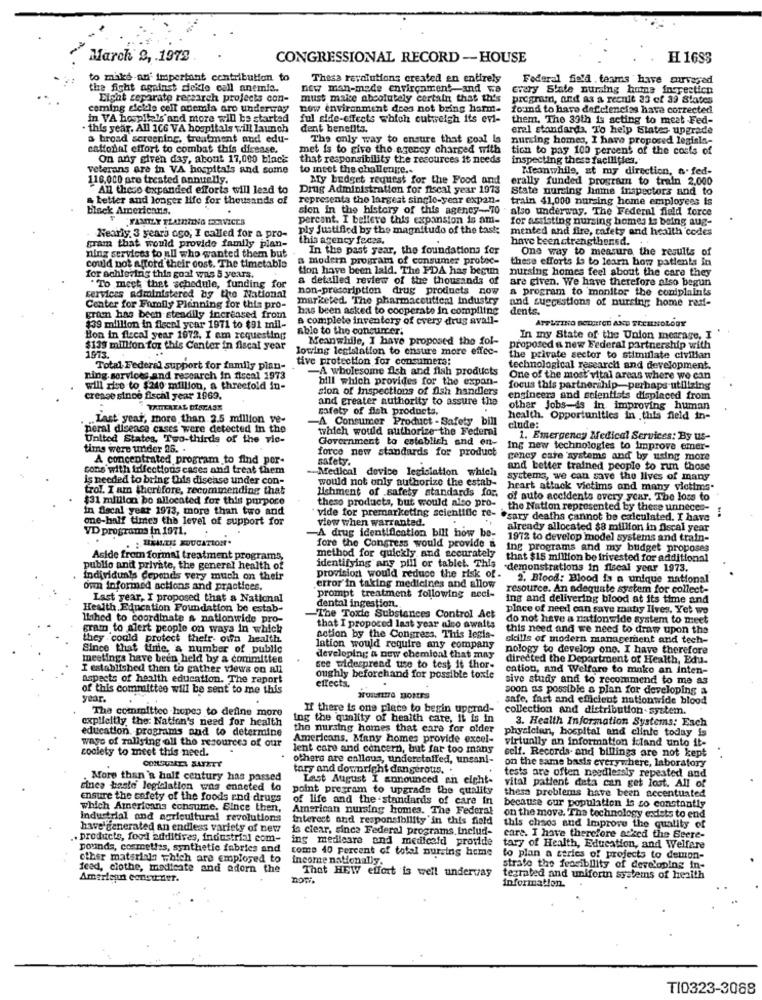
March &, . 1978
CONGRESSIONAL RECORD -- HOUSE
H 1683
to make-an' important contribution to
Thisa revolutions created an entirely Federal field teams have curvared
the fight against sickle call anemic.
new man-made environmentand ws every Slate nursing huine inspecticn
Eicht separate research projects con-
must make absolutely certain that this
program, and as a recuit 23 of 39 Skates
coming sickle ceit acemia aro underway
now environment does not bring harm-
found to have deficiencias have corrected
in VA hospitals and more will be started
ful side-effects which outweigh its evi-
them. The 39th is acting to meet Fed-
· this year. All 106 VA hospitals will launch
dent benefits.
eral standarda. To help States upgrade
a broad screening, treatment and edu-
The only way to ensure that goal is nursing homes, I have proposed legisla-
cattonal effort to combat this disease.
met is to give the agency charged with
tica to pay 100 percent of the costs of
On any given day, about 17,000 black
that responsibility the resources it needs
inspecting these facilities.
veterans are in VA hospitals and some
to meet the challenge ..
Meanwhile, at my direction, n.fed-
116.000 are treated annually.
My budget request for the Food and
erally funded prograun to train 2.000
All these expanded efforts will lead to
Drug Administration for fiscal year 1973
State nursing home inspectors and to
better and longer life for thousands of
represents the largest single-year expan-
train 41,000 nursing home employees is
black Americans.
sion in the history of this agency-TO
also underway. The Federal flald force
FAMILY PLANNING SERVICES
percont. I believe this expansion is am-
for assisting nursing homes is being aug-
ply justified by the magnitudo of the task:
mented and fire, safety and health codes
gram that would provide family plan-
Nearly 3 years ago; I called for a pro-
this agency fecea.
have been strengthened.
In the past year, the foundations fer
One way to measure the results of
ning services to all who wanted them but
a modern program of consumer protec-
these efforts is to learn how patients in
could not afford their cost. The timetable
tion have been lald. The FDA has begun
nursing homes feel about the care they
for achlering this goal was 5 years.
a detailed review of the thousands of
are given. We have therefore also begun
" To mech thet schedule, funding for
non-prescription drug products now
a program to monitor the complaints
services administered by the National
marketed. The pharmaceutical industry
and suggestions of nursing home red-
Center for Family Planning for this pro-
has been asked to cooperate in compiling
dents.
grom has been steadily increased from
a complete inventory of every drug avall-
$39 million in fiscal year 1971 to $91 mil-
able to the consumer.
Bon in fiscal year 1972. I am requesting
Meanwhile, I have proposed the fol-
In my State of the Union menrage, I
$139 million for this Center in fiscal year
loving legislation to ensure more effec-
proposed a new Federal partnership with
1973.
tive protection for consumers:
the private sector to stimulate civilian
Total Federal support for family plan-
-A wholesome fish and fish products
technological research and development.
ning services and research in fiscal 1973
bill which provides for the expan-
One of the most vital areas where we can
will rico to $240 million, a threefold in-
sion of inspections of fish handlers
focus this partnership-perhaps utilizing
cresce since fischl year 1969.
and creater authority to assure the
engineers and scientists displaced from
safety of fish products,
other Jobs-is in improving human
Last year, more than 2.5 million ve-
-A Consumer Product - Safety bill
health. Opportunities in this field in-
peral disease cases were detected in the
which would authorize the Federal
clude:
United States, Two-thirds of the vic-
Government to establish and en-
1. Emergency Medical Services: By us-
tims were under 25. .
force new standards for product
Ing new technologies to Improve emer-
A concentrated program to find por-
safety.
cency care systems and by using more
cons with infections cases and treat them
Medical device legislation which
and better trained people to run those
is needed to bring this disease under con-
would not only authorize the estab-
systems, we can save the lives of many
trol. I am therefore, recommending that
lishment of safety standards for.
heart attack victims and many victims.
$31 million bo allocated for this purpose
these products, but would nico pro-
of auto accidents every year. The loss to
in Bacal year 1973, more than two and
the Nation represented by these unneces-
one-half times the level of support for
vide for premarketing scientific re-
view when warranted.
"sary deaths cannot be calculated. I have
VD programs in 1971,
already allocated $8 million in fiscal year
.HEALTE XOUCATION.
A drug identification bill how be-
1972 to develop model systems and train-
fore the Congress would provide a
ing programs and my budget proposes
Aside from formal treatment programs,
method for quickly and accurately
that $15 million be frivested for additional
public and private, the general health of
identifying any pill or tablet. This
demonstrations in fiscal year 1973.
individuals depends very much on their
provision would reduce the risk of -
2. Blood: Blood is a unique national
own informed actions and practices.
error'in taking medicines and allow
resource. An adequate system for collect-
Last year, I proposed that a National
prompt treatment following seci-
dental ingestion.
ing and delivering blood at its time and
Health Education Foundation be estab-
place of need can save matiy Ilves. Yet wo
ILhed to coordinate a nationwide pro-
-The Toxic Substances Control Act
do not have a nationwide system to meet
gram to alert people on ways in which
that I proposed last year also awaits
this need and we need to draw upon the
they could protect their own health
cotion by the Congress. This legis-
skills of modern management and tech-
Since that tinie, a number of public
lation would require any company
nology to develop one. I have therefore
meetings have been held by a committee
developing a new chemical that may
directed the Department of Health, Edu-
I established then to gather views on all
see widespread use to test it thor-
cation, and Welfare to make an inten-
aspects of health education. The report
oughly beforehand for possible toxie
sive study and to recommend to me as
of this committee will be sent to me this
ettects.
soon as possible & plan for developing a
year.
safe, fast and efficient nationwide blood
The committee hopes to define more
If there is one place to begin upprad-
collection and distribution system.
explicitly the: Nation's need for health
ing the quality of health care, it is in
3. Health Information Systems; Each
education programs and to determine
the nursing homes that care for older
physician, hospital and clinic today is
ways of rallying oll the resources of our
Americans. Many homes provide excel-
virtually an information idand unto it-
society to meet this need.
lent care and concern, but far too many
self. Records. and billings are not kept ".
others are callous, understaffed, unsan !-
on the same basis everywhere, laboratory
CONSUMATA SAFETY
tary and downright dangerous. .
tests are often needlessly repeated and
. More than'a half century has passed
Last August I announced an eight-
vital patient data can get lost. All of
cinco beste legislation was enneted to
point program to upgrade the quality
thesa problems have been accentuated
ensure the safety of the foods and drugs
of life and the standards of care in
which Americans echaume. Since then,
American nursing homes. The Federal
because our population is so constantly
Industrial and agricultural revolutions
interest and responsibility in this field
on the move. The technology exdets to end
have generated an endless variety of new
is clear, since Federal programs Includ-
this chaos and Improve the quality of
.. products, food additives, industrial com-
ing medicare and medicafd provide
care. I have therefore acked the Seere-
pounds, cosmetles, synthetic fabrics and
como 40 percent of total nursing home
tary of Health, Education, and Welfare
other materials which are employed to
income nationally.
to plan a series of projects to demon-
feed, clothe, medicate and adorn the
That HEW effort is well undervay
strate the feasibility of developing in-
American conier der.
DOTA
tegrated and uniformn systems of health
information.
T10323-3088